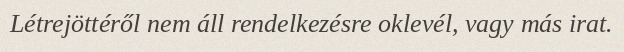
Létrejöttéről nem áll rendelkezésre oklevél, vagy más irat.